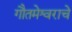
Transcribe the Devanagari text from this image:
गौतमेश्वराचे